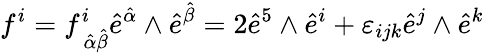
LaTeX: f^{i}=f_{\, {\hat{\alpha}}{\hat{\beta}}}^{i}{\hat{e}}^{\hat{\alpha}}\wedge{\hat{e}}^{\hat{\beta}}=2{\hat{e}}^{5}\wedge{\hat{e}}^{i}+\varepsilon_{ijk}{\hat{e}}^{j}\wedge{\hat{e}}^{k}